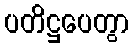
ပတိဋ္ဌပေတွာ